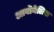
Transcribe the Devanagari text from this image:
आर्वोनेलिस